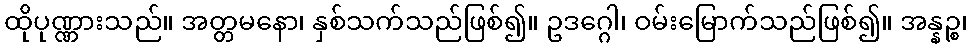
ထိုပုဏ္ဏားသည်။ အတ္တမနော၊ နှစ်သက်သည်ဖြစ်၍။ ဥဒဂ္ဂေါ၊ ဝမ်းမြောက်သည်ဖြစ်၍။ အန္နဉ္စ၊